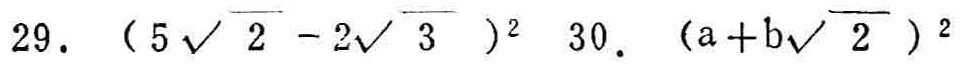
29. \((5\sqrt{2}-2\sqrt{3})^2\) 30. \((a + b\sqrt{2})^2\)